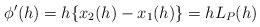
LaTeX: \begin{align*} \begin{aligned} \phi'(h)&=h\{x_2(h)-x_1(h)\}=hL_P(h)\\ \end{aligned} \end{align*}